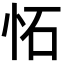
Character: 𫹺